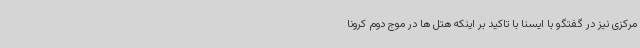
مرکزی نیز در گفتگو با ایسنا با تاکید بر اینکه هتل ها در موج دوم کرونا